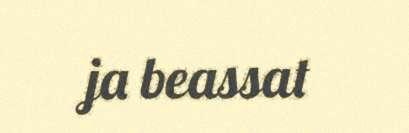
ja beassat